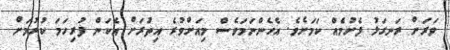
ވަރަށް ރަނގަޅު ފެށުމެއް ކަމަށެވެ. އެހެންނަމަވެސް މިއަށްވުރެ އިތުރަށް އެކަން ފުރިހަމަ ކުރުމަށް